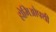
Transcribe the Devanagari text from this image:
होमिओपथी